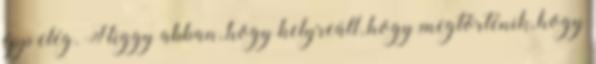
épp elég. Higgy abban, hogy helyreáll, hogy megtörténik, hogy